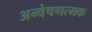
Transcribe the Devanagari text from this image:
अन्वेषणत्मक